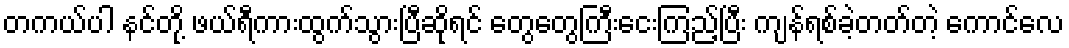
တကယ်ပါ နင်တို့ ဖယ်ရီကားထွက်သွားပြီဆိုရင် တွေတွေကြီးငေးကြည့်ပြီး ကျန်ရစ်ခဲ့တတ်တဲ့ ကောင်လေ